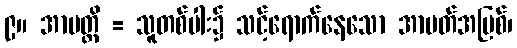
၉။ အာပတ္တိ = သူတစ်ပါး၌ သင့်ရောက်နေသော အာပတ်အပြစ်၊